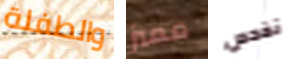
والطفلة مميز نفحص